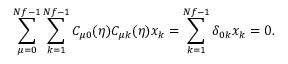
\sum _ { \mu = 0 } ^ { N f - 1 } \sum _ { k = 1 } ^ { N f - 1 } C _ { \mu 0 } ( \eta ) C _ { \mu k } ( \eta ) x _ { k } = \sum _ { k = 1 } ^ { N f - 1 } \delta _ { 0 k } x _ { k } = 0 .